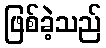
ဖြစ်ခဲ့သည်